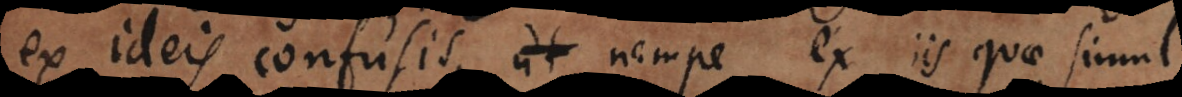
ex ideis confusis, nempe ex iis quae simul